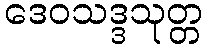
ဒေဝသဒ္ဒသုတ္တ